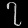
Digit: ၇